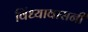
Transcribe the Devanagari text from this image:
विंध्यावासनी